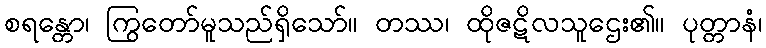
စရန္တော၊ ကြွတော်မူသည်ရှိသော်။ တဿ၊ ထိုဇဋိလသူဌေး၏။ ပုတ္တာနံ၊